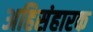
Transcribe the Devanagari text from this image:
अहिसंहारक